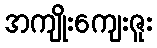
အကျိုးကျေးဇူး